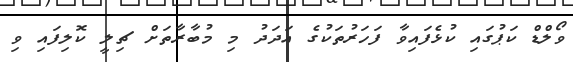
ވޯލްޑް ކަޕުގައި ކުޅެފައިވާ ފަހަރުތަކުގެ އަދަދު މި މުބާރާތަށް ޗިލީ ކޮލިފައި ވި